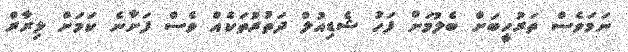
ނަމަވެސް ތަރުހީބަށް ބެލުމަށް ފަހު ޝެޑިއުލް ދަތުރުތަކެއް ވެސް ފަށާނެ ކަމަށް ލިރާރް